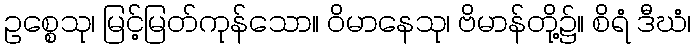
ဥစ္စေသု၊ မြင့်မြတ်ကုန်သော။ ဝိမာနေသု၊ ဗိမာန်တို့၌။ စိရံ ဒီဃံ၊